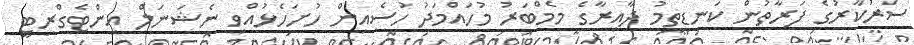
ސަރުކާރުގެ ފަރާތުން ކަނޑިތީމު ދާއިރާގެ މެމްބަރު މުހައްމަދު ހުސެއިން ހުށަހެޅުއްވި ނެޝަނަލް އިންޓެގްރިޓީ